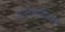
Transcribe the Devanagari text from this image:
कालावधीतच